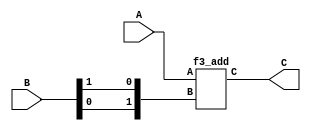
`define M     593         // M is the degree of the irreducible polynomial
`define WIDTH (2*`M-1)    // width for a GF(3^M) element
`define WIDTH_D0 1187
`define M     593         // M is the degree of the irreducible polynomial
`define WIDTH (2*`M-1)    // width for a GF(3^M) element
`define WIDTH_D0 1187
`define M     593         // M is the degree of the irreducible polynomial
`define WIDTH (2*`M-1)    // width for a GF(3^M) element
`define WIDTH_D0 1187
`define M     593         // M is the degree of the irreducible polynomial
`define WIDTH (2*`M-1)    // width for a GF(3^M) element
`define WIDTH_D0 1187
`define M     593         // M is the degree of the irreducible polynomial
`define WIDTH (2*`M-1)    // width for a GF(3^M) element
`define WIDTH_D0 1187

module f3_sub(A, B, C);
    input [1:0] A, B;
    output [1:0] C;
    f3_add a0(A, {B[0],B[1]}, C);
endmodule

module f3_add(A, B, C);
    input [1:0] A, B;
    output [1:0] C;
    wire a0, a1, b0, b1, c0, c1;
    assign {a1, a0} = A;
    assign {b1, b0} = B;
    assign C = {c1, c0};
    assign c0 = ( a0 & ~a1 & ~b0 & ~b1) |
                (~a0 & ~a1 &  b0 & ~b1) |
                (~a0 &  a1 & ~b0 &  b1) ;
    assign c1 = (~a0 &  a1 & ~b0 & ~b1) |
                ( a0 & ~a1 &  b0 & ~b1) |
                (~a0 & ~a1 & ~b0 &  b1) ;
endmodule